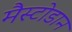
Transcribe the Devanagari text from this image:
मैस्टोडान